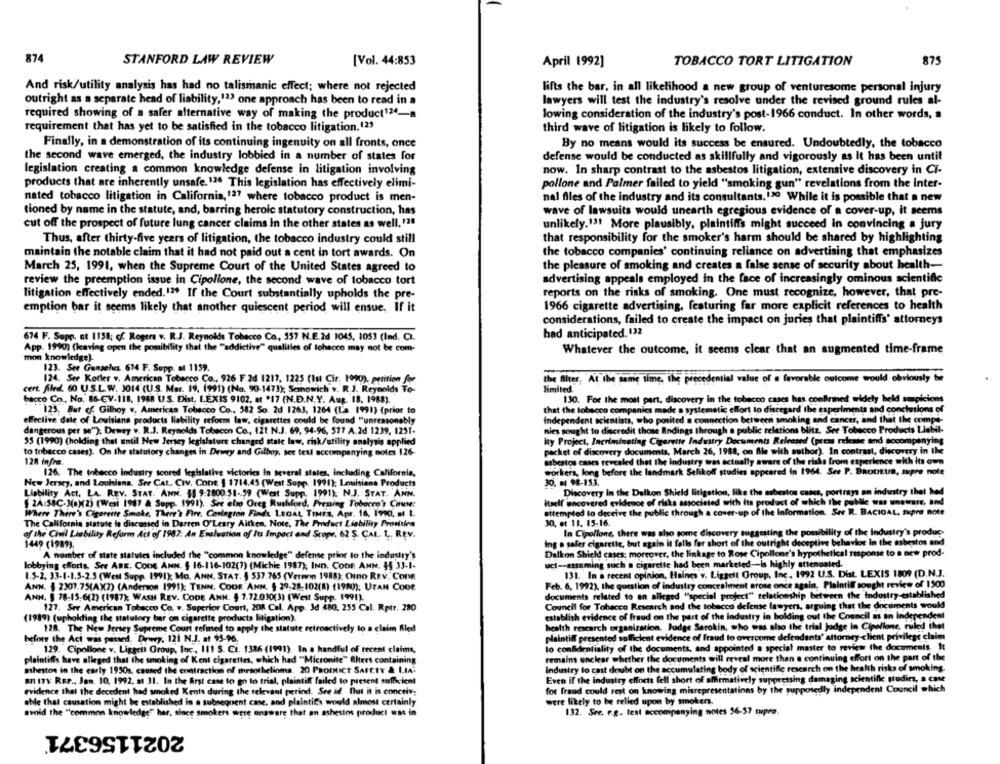
874
STANFORD LAW REVIEW
[Vol. 44:853
April 1992]
TOBACCO TORT LITIGATION
875
And risk/utility analysis has had no talismanic effect; where not rejected
lifts the bar, in all likelihood a new group of venturesome personal injury
outright as a separate head of liability,123 one approach has been to read in a
lawyers will test the industry's resolve under the revised ground rules al-
required showing of a safer alternative way of making the product124-a
lowing consideration of the industry's post-1966 conduct. In other words, a
requirement that has yet to be satisfied in the tobacco litigation.123
third wave of litigation is likely to follow.
Finally, in a demonstration of its continuing ingenuity on all fronts, once
By no means would its success be ensured. Undoubtedly, the tobacco
the second wave emerged, the industry lobbied in a number of states for
defense would be conducted as skillfully and vigorously as It has been until
legislation creating a common knowledge defense in litigation involving
now. In sharp contrast to the asbestos litigation, extensive discovery in Ci-
pollone and Palmer failed to yield "smoking gun" revelations from the inter-
products that are inherently unsafe. 12. This legislation has effectively elimi-
nated tobacco litigation in California,127 where tobacco product is men-
nal files of the industry and its consultants, 130 While it is possible that a new
tioned by name in the statute, and, barring heroic statutory construction, has
wave of lawsuits would unearth egregious evidence of a cover-up, it seems
cut off the prospect of future lung cancer claims in the other states as well, '20
unlikely.131 More plausibly, plaintiffs might succeed in convincing a jury
Thus, after thirty-five years of litigation, the tobacco industry could still
that responsibility for the smoker's harm should be shared by highlighting
the tobacco companies' continuing reliance on advertising that emphasizes
maintain the notable claim that it had not paid out a cent in tort awards. On
March 25, 1991, when the Supreme Court of the United States agreed to
the pleasure of smoking and creates a false sense of security about health-
review the preemption issue in Cipollone, the second wave of tobacco tort
advertising appeals employed in the face of increasingly ominous scientific
litigation effectively ended.13 If the Court substantially upholds the pre-
reports on the risks of smoking. One must recognize, however, that pre-
1966 cigarette advertising, featuring far more explicit references to health
emption bar it seems likely that another quiescent period will ensue. If it
considerations, failed to create the impact on juries that plaintiffs' attorneys
had anticipated. 132
674 F. Sopp. at 1158; cf Rogers v. R.J. Reynolds Tobacco Co, 557 N.E.2d 1045, 1053 (Ind. CI.
App. 1990) (leaving open the possibility that the ""addictive" qualities of lohecco may not be com-
Whatever the outcome, it seems clear that an augmented time-frame
mon knowledge).
123. See Gunsolus 614 F. Supp. al 1159.
124. Ser Kotler v. American Tobacco Co ., 926 F.2d 1217. 1225 (Ist Cir. 1990). petition for
the filter, At the same time, the precedential value of a favorable outcome trould obviously be
cert. filled. 60 U.S.L.W. 3014 (U.S. Mar. 19. 1991) (No. 90-1473); Semowich v. R.J. Reynolds To-
limited
bacco Co. No. 86-EV-118, 1988 U.S. Dist. LEXIS 9102, at *17 (N.D.N.Y. Aug. 18. 1988).
130. For the most part, discovery in the tobacco cases has confirmed widely held suspicion
123. But cf. Gilhoy ., American Tobacco Co ., 582 So. 2d 1263, 1264 (La. 1991) (prior to
that the tobacco companies made a systematic effort to disregard the experiments and conchasions of
effective date of Louisiana products liability reform law, cigarettes could be found "unreasonably
Independent scientists, who posited a connection between smoking and cancer, and that the comps-
nies sought to discredit those Andings through a public relations blitz, Ser Tobacco Products Liabil-
dangerous per se"); Dewey v. R.J. Reynolds Tobecon Co ., 121 N.J. 69, 94-96, 577 A.2d 1239, 1251-
55 (1990) (holding that until New Jersey legislature changed state law, risk/utility analysis applied
ity Project, Incriminating Cigarette Industry Documents Released (press release and socompanying
to tobacco cases). On the statutory changes in Driey and Gilboy, see text accompanying notes 126-
packet of discovery documents, March 26, 1988, on file with author). In contrast, discovery in the
128 infra.
bestos cases revealed that the industry was actually aware of the risks from experience with its own
126. The tobacco industry scored legislative victories In several states, including California,
workers, long before the landmark Selikoff studies appeared In 1964. See P. DaobEUR, suipre note
30. 11 98-153.
New Jersey, and Louisiana. See CAL. CIV. CODE § 1714.45 (West Supp. 1991); Louisiana Products
Liability Act, LA. REV. STAT. ANN. 55 9:2800.51-59 (West Supp. 1991), N.J. STAT. ANN.
Discovery In the Dalkon Shield litigation, like the asbestos cates, portrays an industry that hed
2A:58C-3(a)(2) (Well 1987 & Supp. 1991). See elno Ores Rushford. Preming Tobacco' Cause:
itself uncovered evidence of risks associated with its product of which the publle was unaware, and
attempted to deceive the public through a cover-up of the Information. Ser R. BACIGAL, Sipre note
Where There's Cigarette Smoke, There's Fire, Covington Finds, LEGAL TIMES, Apr. 16, 1990, a 1.
The California statute la discussed in Darren O'Leary Aitken, Note, The Product Liability Provides
30, et 11. 15-16.
of the Civil Liability Reform Act of 1987: An Evaluation of Its Impact and Scope. 62 S. CAI, L ,. REV.
In Cipollone, there was also some discovery suggesting the possibility of the Industry's produc-
1449 (1989).
Ing o safer cigarette, but again it falls for short of the outright deceptive behavior in the asbestos and
A number of state statutes included the "common knowledge" defense prior to the industry's
Dalkon Shield cases; moreover, the linkage to Rose Cipollone's hypothetical response to a new prod-
lobbying efforts. See ARK. CODE ANN. $ 16-116-102(7) (Michic 1987); IND. COOR ANN. 45 33-1-
uct -- assuming such a cigarette had been marketed-Is highly attenuated.
131. In a recent opinion, Haines v. Liggeil Group, Inc. 1992 U.S. Dist. LEXIS 1809 (D.N.J.
1.5-2, 33-1-1.5-2.5 (West Supp. 1991) Mo. ANN. STAT. § 537.765 (Vermon 1988): Cino REV. Cona
ANN. § 2307.75(AX2) (Anderson 1991): TENN. CODE ANN. § 29,28-102(8) (1980); UTAN CODE
Feb. 6, 1992), the question of industry concealment arose once again, Plaintiff sought review of 1500
ANN. § 78-15.6(2) (1987); WASH REV. CODE ANN. $ 7.72.030(3) (West Supp. 1991).
documents related to an alleged "special project" relationship between the industry-established
127. See American Tobacco Co. w. Superior Court, 208 Cal. App. Id 480, 255 Cal. Rptr. 280
Council for Tobacco Research and the tobacco defense lawyers, arguing that the documents would
(1989) (upholding the statutory bar on cigarette products litigation).
establish evidence of fraud on the part of the industry in holding out the Council a an independent
health research organization. Judge Sarokin, who was sho the trial Judge in Cipollone, ruled that
128. The New Jersey Supreme Court refmed to apply the statute retroactively to a claim fled
before the Act was passed. Dewy, 121 N.J. at 93-96.
plaintiff presented sufficient evidence of fraud to overcome defendants' attorney-client privilege claim
129. Cipollone v. Liggeil Group, Inc, 111 S. Ci. 1336 (1991). In a handful of recent claims,
lo confidentiality of the documents, and appointed a special master to review the documents. It
remains unclear whether the documents will reveal more than a continuing effort on the part of the
plaintiffs have alleged that the smoking of Kent cigarettes, which had "Micronite" Alters containing
ashestos in the early 19501, caused the contraction of mesothelioma. 20 PRODICT SAFETY & LIA'
industry lo cast doubt on the accumulating body of scientific research on the health risks of smoking.
an ITY: REP ., Jan. 10, 1992, at 31. In the first case to go to trial, plaintiff failed to present sufficient
Even if the industry efforts fell short of affirmatively suppressing damaging scientific studies, a case
evidence that the decedent had smoked Kents during the relevant perind. See id. But it is concelv;
for fraud could rest on knowing misrepresentations by the supposedly independent Council which
able that causation might be established in a subsequent case, and plaintits would almost certainly
were likely to be relied upon by smokers.
132. See. e.g. text accompanying notes 56-57 supro.
avoid the "common knowledge" har, since smokers were unaware that an ashestos product was in
2021156371